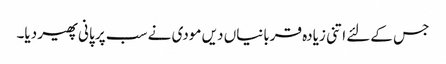
جس کےلئے اتنی زیادہ قربانیاں دیں مودی نے سب پر پانی پھیر دیا۔